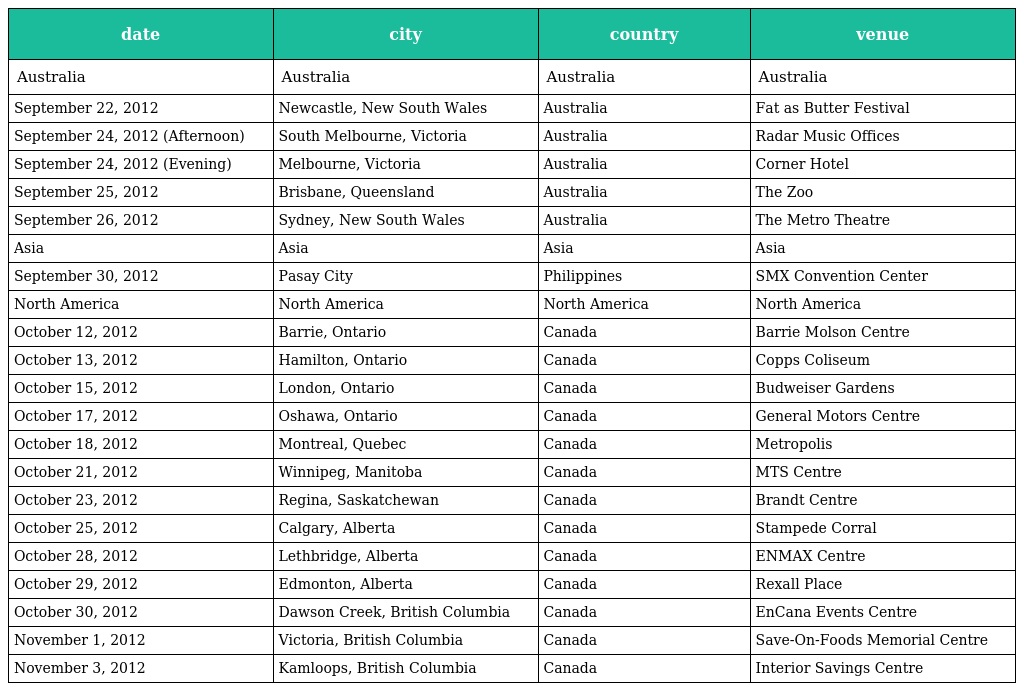
| date | city | country | venue |
 | --- | --- | --- | --- |
 | Australia | Australia | Australia | Australia |
 | September 22, 2012 | Newcastle, New South Wales | Australia | Fat as Butter Festival |
 | September 24, 2012 (Afternoon) | South Melbourne, Victoria | Australia | Radar Music Offices |
 | September 24, 2012 (Evening) | Melbourne, Victoria | Australia | Corner Hotel |
 | September 25, 2012 | Brisbane, Queensland | Australia | The Zoo |
 | September 26, 2012 | Sydney, New South Wales | Australia | The Metro Theatre |
 | Asia | Asia | Asia | Asia |
 | September 30, 2012 | Pasay City | Philippines | SMX Convention Center |
 | North America | North America | North America | North America |
 | October 12, 2012 | Barrie, Ontario | Canada | Barrie Molson Centre |
 | October 13, 2012 | Hamilton, Ontario | Canada | Copps Coliseum |
 | October 15, 2012 | London, Ontario | Canada | Budweiser Gardens |
 | October 17, 2012 | Oshawa, Ontario | Canada | General Motors Centre |
 | October 18, 2012 | Montreal, Quebec | Canada | Metropolis |
 | October 21, 2012 | Winnipeg, Manitoba | Canada | MTS Centre |
 | October 23, 2012 | Regina, Saskatchewan | Canada | Brandt Centre |
 | October 25, 2012 | Calgary, Alberta | Canada | Stampede Corral |
 | October 28, 2012 | Lethbridge, Alberta | Canada | ENMAX Centre |
 | October 29, 2012 | Edmonton, Alberta | Canada | Rexall Place |
 | October 30, 2012 | Dawson Creek, British Columbia | Canada | EnCana Events Centre |
 | November 1, 2012 | Victoria, British Columbia | Canada | Save-On-Foods Memorial Centre |
 | November 3, 2012 | Kamloops, British Columbia | Canada | Interior Savings Centre |